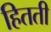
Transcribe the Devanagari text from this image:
हितती